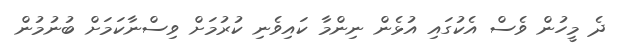
ދެ މީހުން ވެސް އެކުގައި އުޅެން ނިންމާ ކައިވެނި ކުރުމަށް ވިސްނާކަމަށް ބުނުމުން